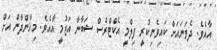
އާއެވެ. ދެވަނައަށް ކައިވެނިކުރީ ފިލްމީ އެކްޓްރެސް ޝަބާނާ އަޒުމީ އާއެވެ. މިޚާންދާން އަށް